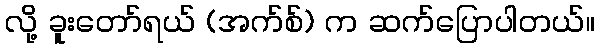
လို့ ခူးတော်ရယ် (အက်စ်) က ဆက်ပြောပါတယ်။